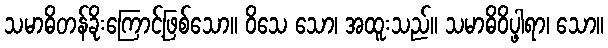
သမာဓိတန်ခိုးကြောင့်ဖြစ်သော။ ဝိသေ သော၊ အထူးသည်။ သမာဓိဝိပ္ဖါရာ၊ သော။